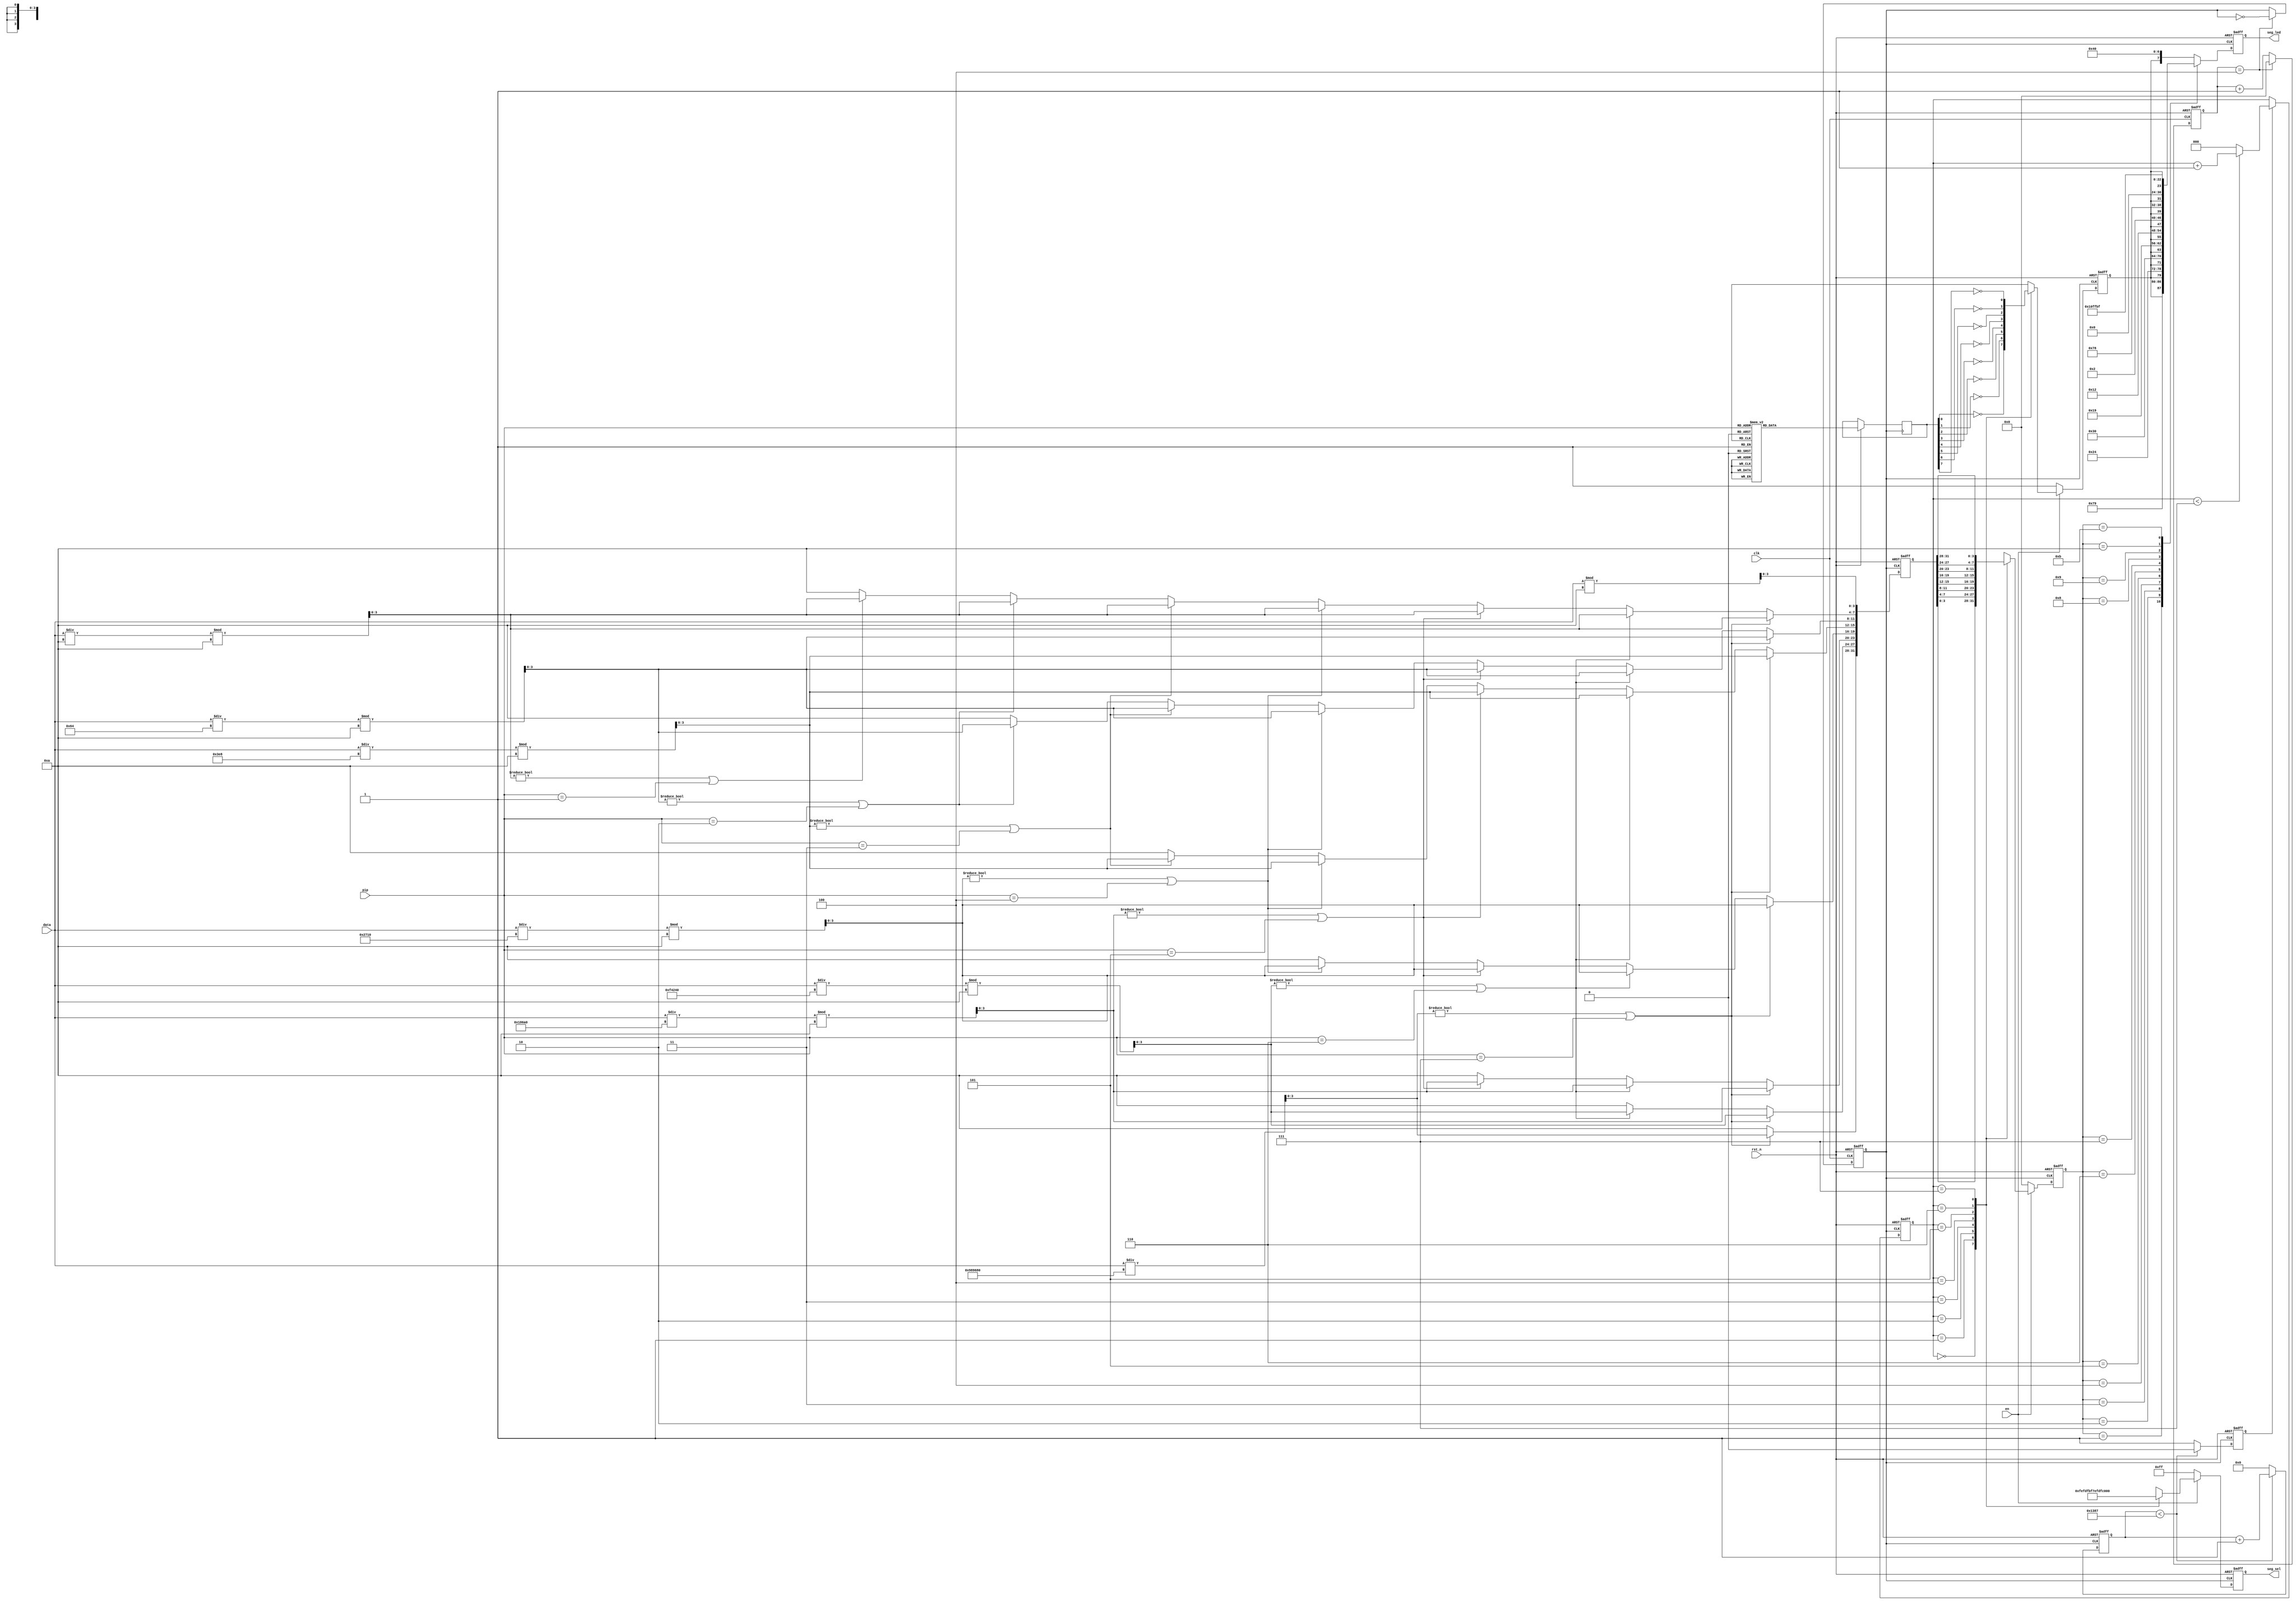
module seg_led(
    input                   clk    ,        // 时钟信号
    input                   rst_n  ,        // 复位信号

    input         [26:0]    data   ,        // 8位数码管要显示的数值
    input         [2:0]     pip  ,          // 小数点显示在哪一位
    input                   en     ,        // 数码管使能信号


    output   reg  [7:0]     seg_sel,        // 数码管位选，最左侧数码管为最高位
    output   reg  [7:0]     seg_led         // 数码管段选
    );

//parameter define
localparam  CLK_DIVIDE = 4'd10     ;        // 时钟分频系数
localparam  MAX_NUM    = 13'd5000  ;        // 对数码管驱动时钟(5MHz)计数1ms所需的计数值
localparam       sign  = 0;        // 符号位（高电平显示“-”号）
//reg define
reg    [ 3:0]             clk_cnt  ;        // 时钟分频计数器
reg                       dri_clk  ;        // 数码管的驱动时钟,5MHz
reg    [31:0]             num      ;        // 32位bcd码寄存器
reg    [12:0]             cnt0     ;        // 数码管驱动时钟计数器
reg                       flag     ;        // 标志信号（标志着cnt0计数达1ms）
reg    [2:0]              cnt_sel  ;        // 数码管位选计数器
reg    [3:0]              num_disp ;        // 当前数码管显示的数据
reg                       dot_disp ;        // 当前数码管显示的小数点
reg    [7:0]              point    ;        // 小数点具体显示的位置,从高到低,高电平有效
//wire define
wire   [3:0]              data0    ;        // 个位数
wire   [3:0]              data1    ;        // 十位数
wire   [3:0]              data2    ;        // 百位数
wire   [3:0]              data3    ;        // 千位数
wire   [3:0]              data4    ;        // 万位数
wire   [3:0]              data5    ;        // 十万位数
wire   [3:0]              data6    ;        // 百万位数
wire   [3:0]              data7    ;        // 千万位数



//*****************************************************
//**                    main code
//*****************************************************

//提取显示数值所对应的十进制数的各个位
assign  data0 = data % 4'd10;               // 个位数
assign  data1 = data / 4'd10 % 4'd10   ;    // 十位数
assign  data2 = data / 7'd100 % 4'd10  ;    // 百位数
assign  data3 = data / 10'd1000 % 4'd10 ;   // 千位数
assign  data4 = data / 14'd10000 % 4'd10;   // 万位数
assign  data5 = data / 17'd100000% 4'd10;   // 十万位数
assign  data6 = data / 20'd1000000% 4'd10;  // 百万位数
assign  data7 = data / 24'd10000000;        // 千万位数

//对系统时钟10分频，得到的频率为5MHz的数码管驱动时钟dri_clk
always @(posedge clk or negedge rst_n) begin
   if(!rst_n) begin
       clk_cnt <= 4'd0;
       dri_clk <= 1'b1;
   end
   else if(clk_cnt == CLK_DIVIDE/2 - 1'd1) begin
       clk_cnt <= 4'd0;
       dri_clk <= ~dri_clk;
   end
   else begin
       clk_cnt <= clk_cnt + 1'b1;
       dri_clk <= dri_clk;
   end
end

//将32位2进制数转换为8421bcd码(即使用4位二进制数表示1位十进制数）
always @ (posedge dri_clk or negedge rst_n) begin
    if (!rst_n)
        num <= 32'b0;
    else begin
			if (data7!=4'd0|| pip==3'd7) begin	  //如果显示数据为8位十进制数，
		   //则依次给8位数码管赋值
			num[31:0] <= {data7,data6,data5,data4,data3,data2,data1,data0};
        end
		  else begin
					if (data6!=4'd0|| pip==3'd6) begin	  //如果显示数据为7位十进制数，
					//则依次给7位数码管赋值
					num[27:0] <= {data6,data5,data4,data3,data2,data1,data0};
					if(sign)                    
                    num[31:28] <= 4'd11; //如果需要显示负号，则最高位（第8位）为符号位
                else
                    num[31:28] <= 4'd10; //不需要显示负号时，则第8位不显示任何字符
					end
					else begin
						if (data5!=4'd0|| pip==3'd5) begin	  //如果显示数据为6位十进制数，
						//则依次给6位数码管赋值
						num[23:0] <= {data5,data4,data3,data2,data1,data0};
                        num[31:28] <= {4'd10}; //第8位不显示任何字符
						if(sign)                    
							  num[27:24] <= 4'd11; //如果需要显示负号，则最高位（第7位）为符号位
						 else
							  num[27:24] <= 4'd10; //不需要显示负号时，则第7位不显示任何字符
					end//////
					else begin                         
						if (data4!=4'd0|| pip==3'd4) begin //如果显示数据为5位十进制数，则给低5位数码管赋值
						num[19:0] <= {data4,data3,data2,data1,data0};
                  num[31:24] <= {2{4'd10}}; //第8,7位不显示任何字符
						if(sign)                    
							num[23:20] <= 4'd11; //如果需要显示负号，则最高位（第6位）为符号位
						else
							num[23:20] <= 4'd10; //不需要显示负号时，则第6位不显示任何字符
						end
						else begin                   //如果显示数据为4位十进制数，则给低4位数码管赋值
							 if (data3!=4'd0|| pip==3'd3) begin
								  num[15: 0] <= {data3,data2,data1,data0};
								  num[31:20] <= {3{4'd10}}; //第8,7,6位不显示任何字符
								  if(sign)             //如果需要显示负号，则最高位（第5位）为符号位
										num[19:16] <= 4'd11;
								  else                 //不需要显示负号时，则第5位不显示任何字符
										num[19:16] <= 4'd10;
							 end
							 else begin               //如果显示数据为3位十进制数，则给低3位数码管赋值
								  if (data2!=4'd0|| pip==3'd2) begin
										num[11: 0] <= {data2,data1,data0};						
										num[31:16] <= {4{4'd10}};//第8,7,6、5位不显示任何字符
										if(sign)         //如果需要显示负号，则最高位（第4位）为符号位
											 num[15:12] <= 4'd11;
										else             //不需要显示负号时，则第4位不显示任何字符
											 num[15:12] <= 4'd10;
								  end
								  else begin           //如果显示数据为2位十进制数，则给低2位数码管赋值
										if (data1!=4'd0|| pip==3'd1) begin
											 num[ 7: 0] <= {data1,data0};
															  //第6、5、4位不显示任何字符
											 num[31:12] <= {5{4'd10}};
											 if(sign)     //如果需要显示负号，则最高位（第3位）为符号位
												  num[11:8]  <= 4'd11;
											 else         //不需要显示负号时，则第3位不显示任何字符
												  num[11:8] <=  4'd10;
										end
										else begin       //如果显示数据为1位十进制数，则给最低位数码管赋值
											 num[3:0] <= data0;
															  //第6、5位不显示任何字符
											 num[31:8] <= {6{4'd10}};
											 if(sign)     //如果需要显示负号，则最高位（第2位）为符号位
												  num[7:4] <= 4'd11;
											 else         //不需要显示负号时，则第2位不显示任何字符
												  num[7:4] <= 4'd10;
										end
								  end
							 end
						end
                  end
              end
		  end 
	 end
end			

//每当计数器对数码管驱动时钟计数时间达1ms，输出一个时钟周期的脉冲信号
always @ (posedge dri_clk or negedge rst_n) begin
    if (rst_n == 1'b0) begin
        cnt0 <= 13'b0;
        flag <= 1'b0;
     end
    else if (cnt0 < MAX_NUM - 1'b1) begin
        cnt0 <= cnt0 + 1'b1;
        flag <= 1'b0;
     end
    else begin
        cnt0 <= 13'b0;
        flag <= 1'b1;
     end
end

//cnt_sel从0计数到7，用于选择当前处于显示状态的数码管
always @ (posedge dri_clk or negedge rst_n) begin
    if (rst_n == 1'b0)
        cnt_sel <= 3'b0;
    else if(flag) begin
        if(cnt_sel < 3'd7)
            cnt_sel <= cnt_sel + 1'b1;
        else
            cnt_sel <= 3'b0;
    end
    else
        cnt_sel <= cnt_sel;
end

//控制数码管位选信号，使8位数码管轮流显示
always @ (posedge dri_clk or negedge rst_n) begin
    if(!rst_n) begin
        seg_sel  <= 8'b11111111;            //位选信号低电平有效
        num_disp <= 4'b0;           
        dot_disp <= 1'b1;                   //共阳极数码管，低电平导通
    end
    else begin
        if(en) begin
            case (cnt_sel)
                3'd0 :begin
                    seg_sel  <= 8'b11111110;  //显示数码管最低位
                    num_disp <= num[3:0] ;  //显示的数据
                    dot_disp <= ~point[0];  //显示的小数点
                end
                3'd1 :begin
                    seg_sel  <= 8'b11111101;  //显示数码管第1位
                    num_disp <= num[7:4] ;
                    dot_disp <= ~point[1];
                end
                3'd2 :begin
                    seg_sel  <= 8'b11111011;  //显示数码管第2位
                    num_disp <= num[11:8];
                    dot_disp <= ~point[2];
                end
                3'd3 :begin
                    seg_sel  <= 8'b11110111;  //显示数码管第3位
                    num_disp <= num[15:12];
                    dot_disp <= ~point[3];
                end
                3'd4 :begin
                    seg_sel  <= 8'b11101111;  //显示数码管第4位
                    num_disp <= num[19:16];
                    dot_disp <= ~point[4];
                end
                3'd5 :begin
                    seg_sel  <= 8'b11011111;  //显示数码管最5位
                    num_disp <= num[23:20];
                    dot_disp <= ~point[5];
                end
                3'd6 :begin
                    seg_sel  <= 8'b10111111;  //显示数码管最6位
                    num_disp <= num[27:24];
                    dot_disp <= ~point[6];
                end
                3'd7 :begin
                    seg_sel  <= 8'b01111111;  //显示数码管最6位
                    num_disp <= num[31:28];
                    dot_disp <= ~point[7];
                end



                default :begin
                    seg_sel  <= 8'b11111111;
                    num_disp <= 4'b0;
                    dot_disp <= 1'b1;
                end
            endcase
        end
        else begin
            seg_sel  <= 8'b11111111;          //使能信号为0时，所有数码管均不显示
            num_disp <= 4'b0;
            dot_disp <= 1'b1;
        end
    end
end

//控制数码管段选信号，显示字符
always @ (posedge dri_clk or negedge rst_n) begin
    if (!rst_n)
        seg_led <= 8'hc0;
    else begin
        case (num_disp)
            4'd0 : seg_led <= {dot_disp,7'b1000000}; //显示数字 0
            4'd1 : seg_led <= {dot_disp,7'b1111001}; //显示数字 1
            4'd2 : seg_led <= {dot_disp,7'b0100100}; //显示数字 2
            4'd3 : seg_led <= {dot_disp,7'b0110000}; //显示数字 3
            4'd4 : seg_led <= {dot_disp,7'b0011001}; //显示数字 4
            4'd5 : seg_led <= {dot_disp,7'b0010010}; //显示数字 5
            4'd6 : seg_led <= {dot_disp,7'b0000010}; //显示数字 6
            4'd7 : seg_led <= {dot_disp,7'b1111000}; //显示数字 7
            4'd8 : seg_led <= {dot_disp,7'b0000000}; //显示数字 8
            4'd9 : seg_led <= {dot_disp,7'b0010000}; //显示数字 9
            4'd10: seg_led <= 8'b11111111;           //不显示任何字符
            4'd11: seg_led <= 8'b10111111;           //显示负号(-)
            default: 
                   seg_led <= {dot_disp,7'b1000000};
        endcase
    end
end

//控制数码管小数位置
always @ (posedge dri_clk or negedge rst_n) begin
    if (!rst_n)
        ;//dot_disp <= 1'b1; 
    else begin
        case (pip)
            3'd0 : point <= {8'b00000000}; //小数点不显示
            3'd1 : point <= {8'b00000001}; //小数点显示在第一位后
            3'd2 : point <= {8'b00000010}; //小数点显示在第二位后
            3'd3 : point <= {8'b00000100}; //小数点显示在第三位后
            3'd4 : point <= {8'b00001000}; //小数点显示在第四位后
            3'd5 : point <= {8'b00010000}; //小数点显示在第五位后
            3'd6 : point <= {8'b00100000}; //小数点显示在第六位后
            3'd7 : point <= {8'b01000000}; //小数点显示在第七位后
            3'd8 : point <= {8'b10000000}; //小数点显示在第八位后
            default: 
                   point <= {8'b0000000}; //小数点不显示
        endcase
    end
end

endmodule